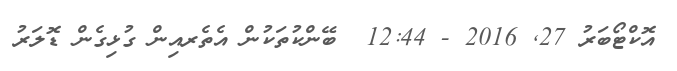
އޮކްޓޯބަރު 27